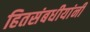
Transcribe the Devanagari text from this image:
हितसंबधीयांनी